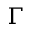
\Gamma